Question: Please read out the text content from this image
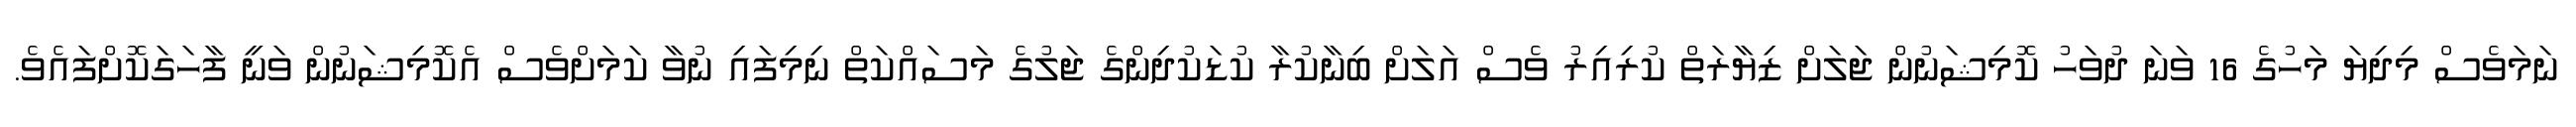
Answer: ނަމަވެސް މިދިޔަ މަހުގެ 16 ވަނަ ދުވަހު ކޮމިޝަނުން ޖަލަށް ޒިޔާރަތް ކުރިއިރު ވެސް އަލަށް ބިނާކުރާ ކުޑަކުދިންގެ ޖަލުގެ މަސައްކަތް ނިމިފައި ނުވާ ކަމަށްވެސް އެކޮމިޝަނުން ވަނީ ފާހަގަކޮށްފައެވެ.